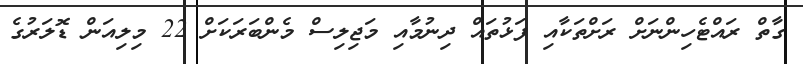
ގާތް ރައްޓެހިންނަށް ރަށްތަކާއި ފަޅުތައް ދިނުމާއި މަޖިލިސް މެންބަރަކަށް 22 މިލިއަން ޑޮލަރުގެ